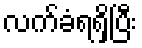
လက်ခံရရှိပြီး